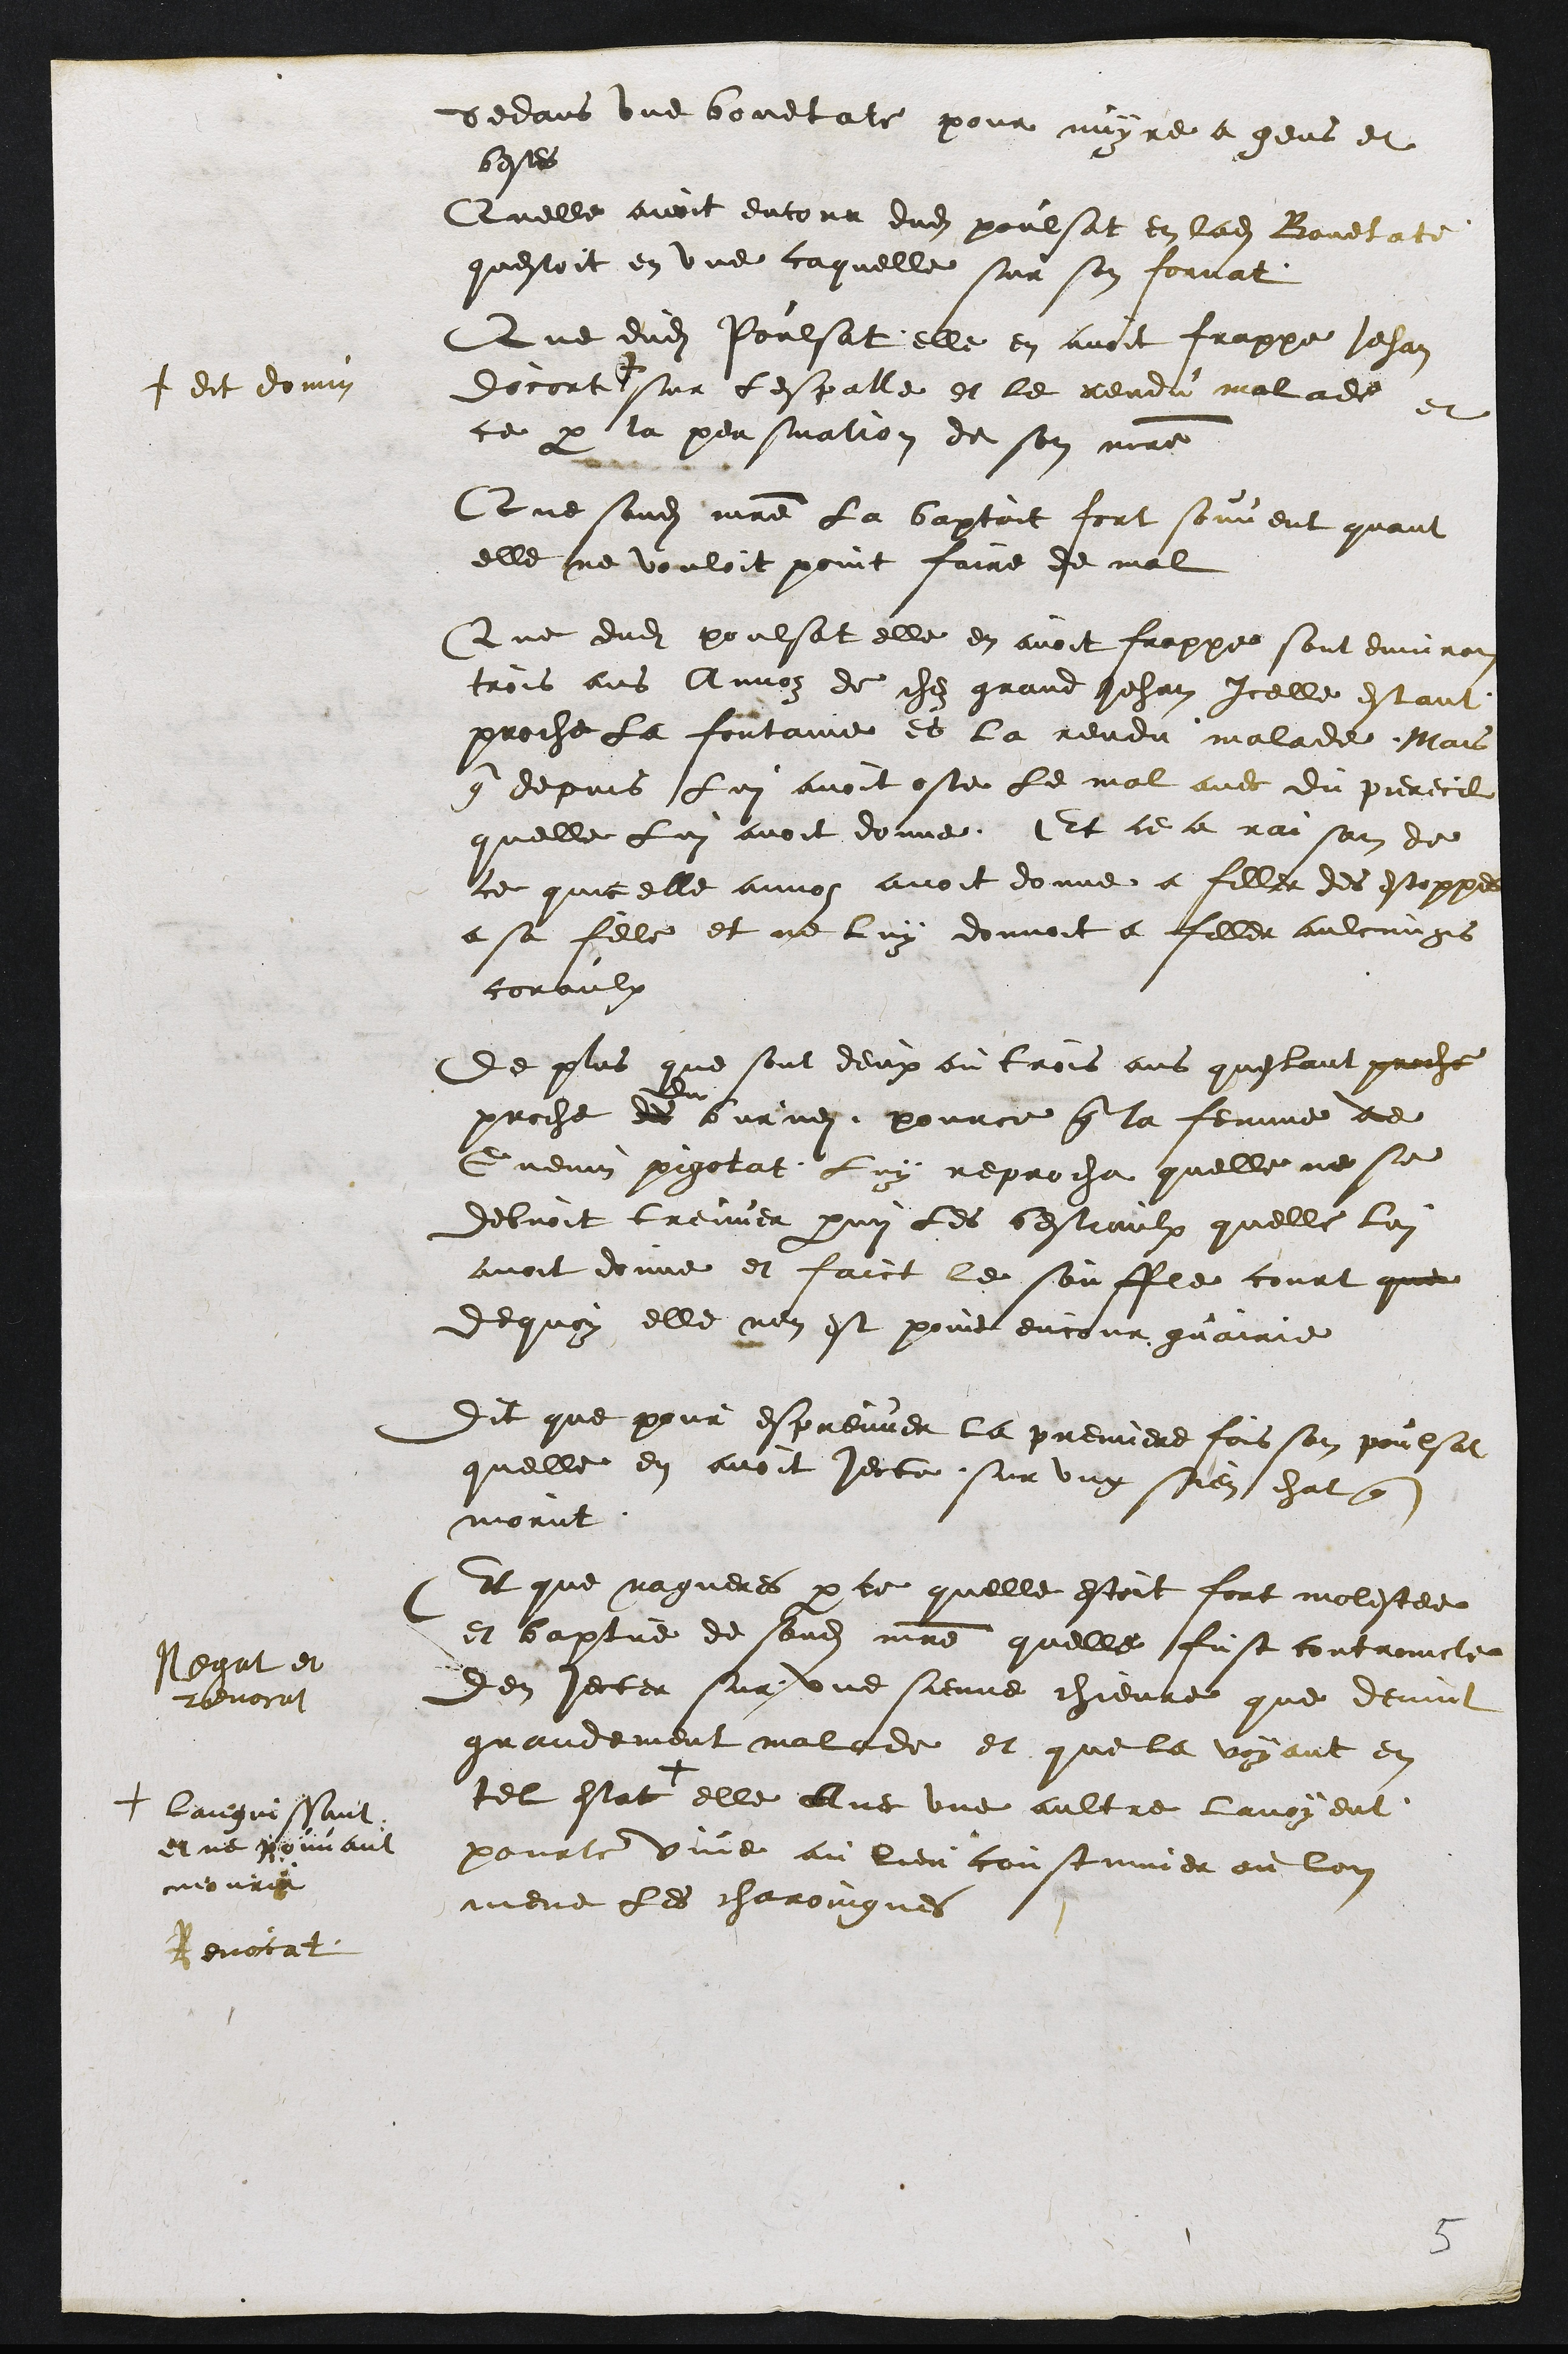
dedans une bouetate pour nuyre a gens et
bestes
Quelle avoit encour dudit poulsat en ladite Bouetate
questoit en une caquelle sur son fornat.
Que dudit Poulsat elle en avoit frappe Jehan
Docourt +
+ dit domin
sur lespalle et le rendu malade et
ce par la persuation de son maitre
Que sondit maitre la baptoit fort souvent quant
elle ne vouloit point faire de mal
Que dudit poulsat elle en avoit frappe sont environ
trois ans Annoz de chez grand Jehan Icelle estant
proche la fontaine et la rendu malade. Mais
que depuis Lui avoit oste le mal avec du pierecil
quelle lui avoit donne. Et ce a raison de
ce que elle annoz avoit donne a filler des estoppes
a sa fille et ne luy donnoit a filler aulcungs
coraulx
De plus que sont deux ou trois ans questant proche
proche des
du
burnei pource que la femme de
Cuenin pigotat Luy reprocha quelle ne se
debvoit treuver parmi les bestiaulx quelle lui
avoit donne et faict le souffle court que
de quoy elle nen est point encour guairie
Dit que pour espreuver la premiere fois son poulsat
quelle en avoit jecte sur ung sien chat que
morut
Et que nagueres parce quelle estoit fort molestee
et baptue de sondit maitre quelle fust contraincte
Den jecter sur une sienne chievre que devint
grandement malade et que la voyant en
tel estat +
Languissant
et ne pouvant
mourir
elle Avec une aultre lavoyent
pourte vive au lieu coustumier ou lon
mene Les charoingnes
Negat et
revocat
Revocat